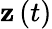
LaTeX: \mathbf{z}\left(t\right)